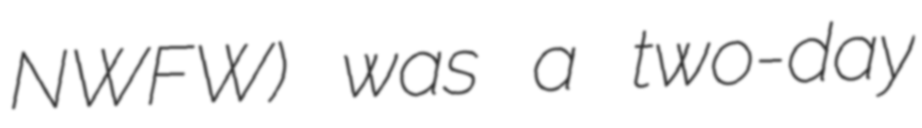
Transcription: NWFW) was a two-day